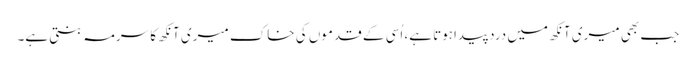
جب بھی میری آنکھ میں درد پیداہوتا ہے، اُسی کے قدموں کی خاک میری آنکھ کا سرمہ بنتی ہے۔